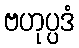
ဗဟုပ္ပဒံ